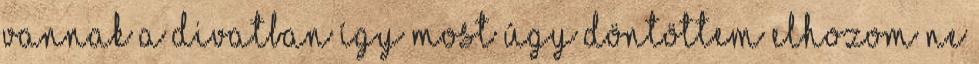
vannak a divatban így most úgy döntöttem elhozom ne